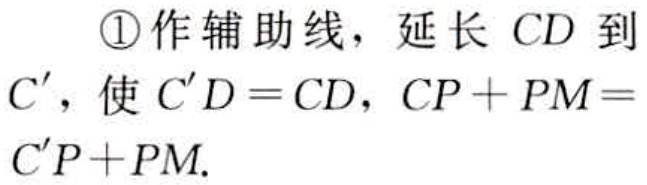
\textcircled{1}作辅助线，延长 \(CD\) 到 \(C'\)，使 \(C'D = CD\)，\(CP + PM = C'P + PM\).